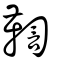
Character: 鞫